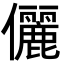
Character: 儷